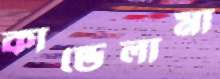
কান্ডেলামা